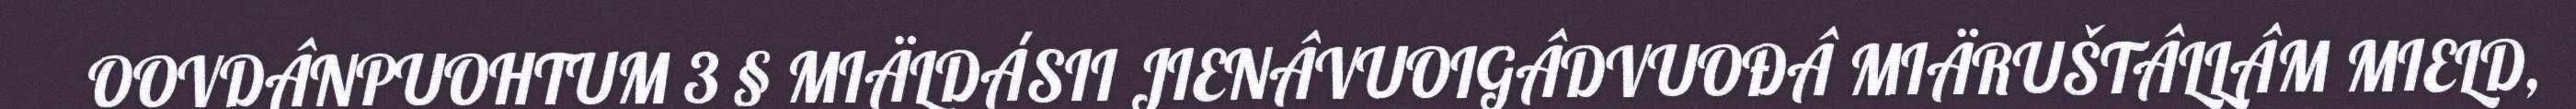
OOVDÂNPUOHTUM 3 § MIÄLDÁSII JIENÂVUOIGÂDVUOĐÂ MIÄRUŠTÂLLÂM MIELD,